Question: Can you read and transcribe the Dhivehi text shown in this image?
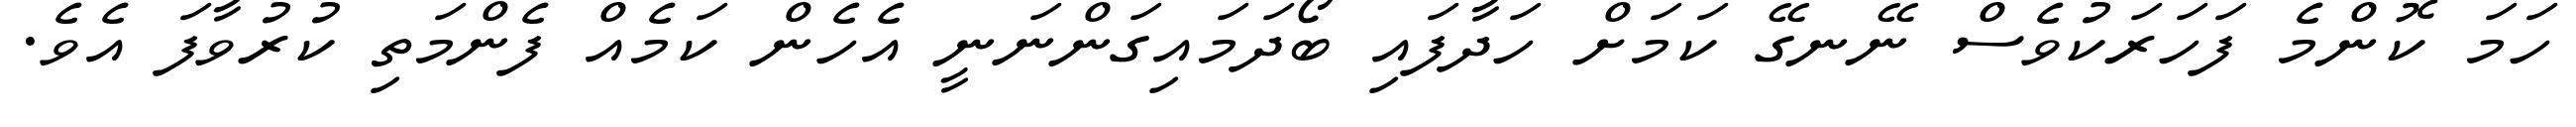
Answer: ހަމަ ކޮންމެ ފަހަރަކުވެސް ނޭނގޭ ކަމަށް ހަދާފައި ބޯދަމައިގަންނަނީ އެހެން ކަމެއް ފެންމަތި ކުރުވާފަ އެވެ.